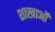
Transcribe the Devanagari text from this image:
शाखाऔं